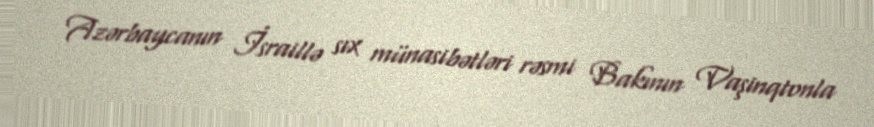
Azərbaycanın İsraillə sıx münasibətləri rəsmi Bakının Vaşinqtonla